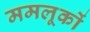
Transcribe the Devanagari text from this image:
ममलूकों